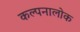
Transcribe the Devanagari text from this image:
कल्पनालोक